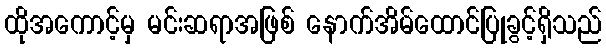
ထိုအကောင့်မှ မင်းဆရာအဖြစ် နောက်အိမ်ထောင်ပြုခွင့်ရှိသည်